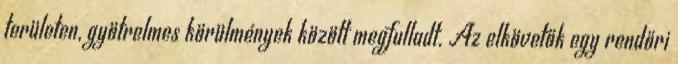
területen, gyötrelmes körülmények között megfulladt. Az elkövetők egy rendőri